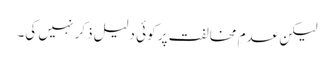
لیکن عدمِ مخالفت پر کوئی دلیل ذکر نہیں کی۔